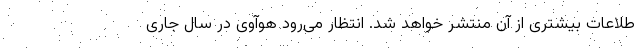
طلاعات بیشتری از آن منتشر خواهد شد. انتظار می‌رود هوآوی در سال جاری